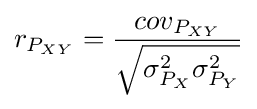
{r_{P_{XY}}}={{cov_{P_{XY}}} \over {\sqrt {\sigma _{P_{X}}^{2}\sigma _{P_{Y}}^{2}}}}